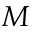
\boldsymbol { M }